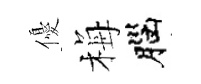
優梅腦